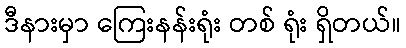
ဒီနားမှာ ကြေးနန်းရုံး တစ် ရုံး ရှိတယ်။